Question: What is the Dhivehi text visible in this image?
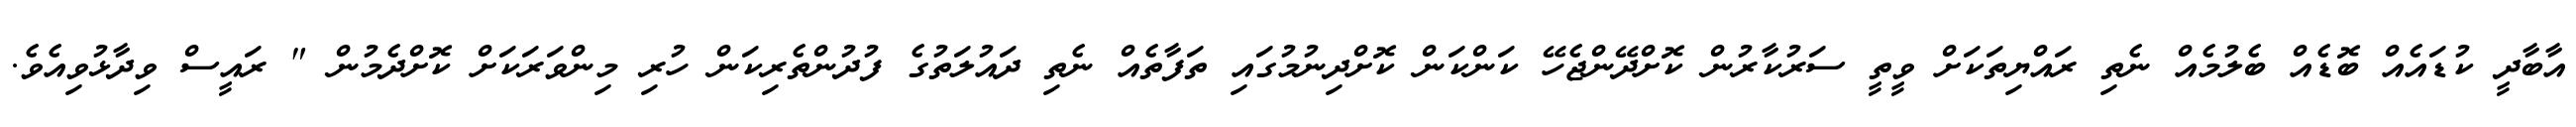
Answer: އާބާދީ ކުޑައެއް ބޮޑެއް ބެލުމެއް ނެތި ރައްޔިތަކަށް ވީތީ ސަރުކާރުން ކޮށްދޭންޖެހޭ ކަންކަން ކޮށްދިނުމުގައި ތަފާތެއް ނެތި ދައުލަތުގެ ފުދުންތެރިކަން ހުރި މިންވަރަކަށް ކޮށްދެމުން " ރައީސް ވިދާޅުވިއެވެ.